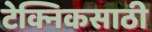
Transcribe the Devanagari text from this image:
टेक्निकसाठी